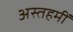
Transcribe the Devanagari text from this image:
अस्तहमीं